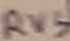
Text: RV3